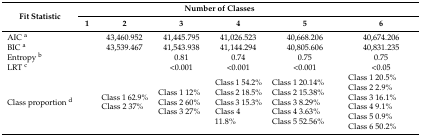
<table><thead><tr><td rowspan="2"><b>Fit Statistic</b></td><td></td><td colspan="4"><b>Number of Classes </b></td><td></td></tr><tr><td><b>1</b></td><td><b>2</b></td><td><b>3</b></td><td><b>4</b></td><td><b>5</b></td><td><b>6</b></td></tr></thead><tbody><tr><td>AIC <sup>a</sup></td><td></td><td>43,460.952</td><td>41,445.795</td><td>41,026.523</td><td>40,668.206</td><td>40,674.206</td></tr><tr><td>BIC <sup>a</sup></td><td></td><td>43,539.467</td><td>41,543.938</td><td>41,144.294</td><td>40,805.606</td><td>40,831.235</td></tr><tr><td>Entropy <sup>b</sup></td><td></td><td></td><td>0.81</td><td>0.74</td><td>0.75</td><td>0.75</td></tr><tr><td>LRT <sup>c</sup></td><td></td><td></td><td>&lt;0.001</td><td>&lt;0.001 </td><td>&lt;0.001</td><td>&lt;0.05</td></tr><tr><td>Class proportion <sup>d</sup></td><td></td><td>Class 1 62.9%Class 2 37% </td><td>Class 1 12% Class 2 60%Class 3 27%</td><td>Class 1 54.2%Class 2 18.5%Class 3 15.3%Class 4 11.8%</td><td>Class 1 20.14%Class 2 15.38%Class 3 8.29%Class 4 3.63%Class 5 52.56%</td><td>Class 1 20.5%Class 2 2.9%Class 3 16.1%Class 4 9.1%Class 5 0.9%Class 6 50.2%</td></tr></tbody></table>